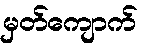
မှတ်ကျောက်